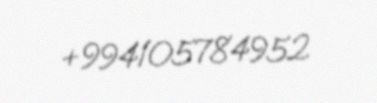
+994105784952